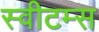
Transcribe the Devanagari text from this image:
स्वीटम्स